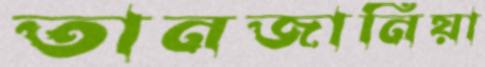
তানজানিয়া